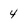
Character: 4